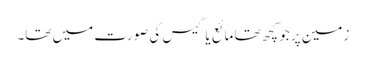
زمین پر جو کچھ تھا مائع یا گیس کی صورت میں تھا۔